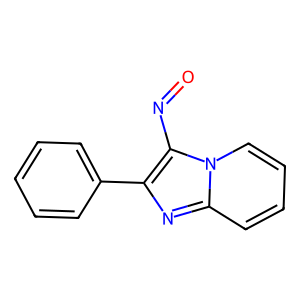
SMILES: O=Nc1c(-c2ccccc2)nc2ccccn12
Inhibits HIV replication: No